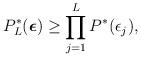
LaTeX: \begin{align*}P_L^*(\boldsymbol{\epsilon}) \geq \prod_{j=1}^{L} P^*(\epsilon_j),\end{align*}